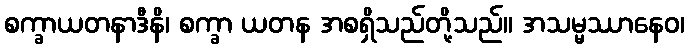
စက္ခာယတနာဒီနိ၊ စက္ခာ ယတန အစရှိသည်တို့သည်။ အသမ္မဿာနေဝ၊